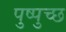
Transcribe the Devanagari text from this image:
पुष्पुच्छ